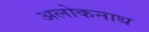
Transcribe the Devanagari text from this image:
अलोकनाथ